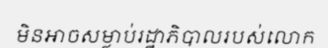
មិនអាចសម្លាប់រដ្ឋាភិបាលរបស់លោក